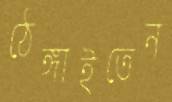
ঠেঙ্গাইতেন